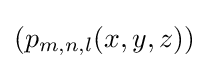
{\textstyle (p_{m,n,l}(x,y,z))}